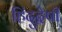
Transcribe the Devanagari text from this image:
हिंदुद्वेषी